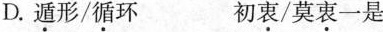
D.遁形/循环 初衷/莫衷一是